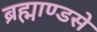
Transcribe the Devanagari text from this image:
ब्रह्माण्डसे